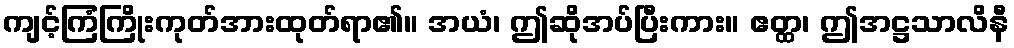
ကျင့်ကြံကြိုးကုတ်အားထုတ်ရာ၏။ အယံ၊ ဤဆိုအပ်ပြီးကား။ ဧတ္ထ၊ ဤအဋ္ဌသာလိနီ